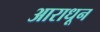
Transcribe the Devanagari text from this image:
आराधून